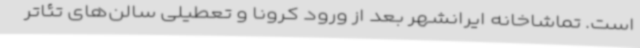
است. تماشاخانه ایرانشهر بعد از ورود کرونا و تعطیلی سالن‌های تئاتر